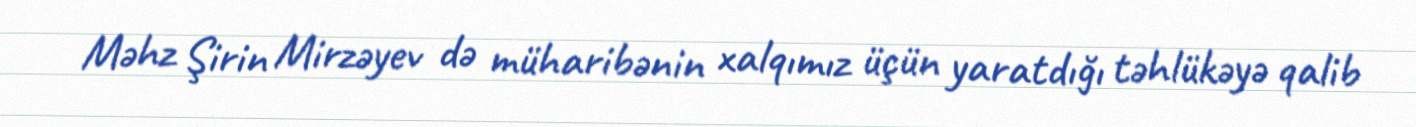
Məhz Şirin Mirzəyev də müharibənin xalqımız üçün yaratdığı təhlükəyə qalib